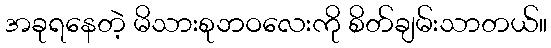
အခုရနေတဲ့ မိသားစုဘဝလေးကို စိတ်ချမ်းသာတယ်။